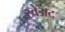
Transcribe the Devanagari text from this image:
स्वेअट